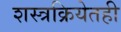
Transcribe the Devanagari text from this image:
शस्त्रक्रियेतही